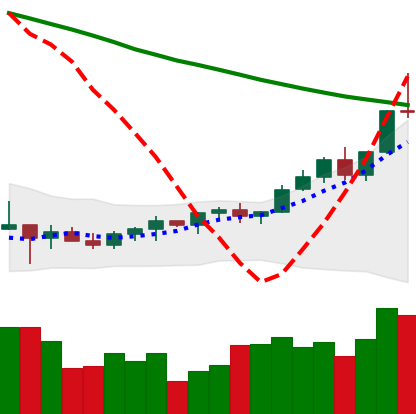
Ticker: TRX-USD
Chart end date: 2022-03-28
Forward return: 6.035%
Label: up_5_7